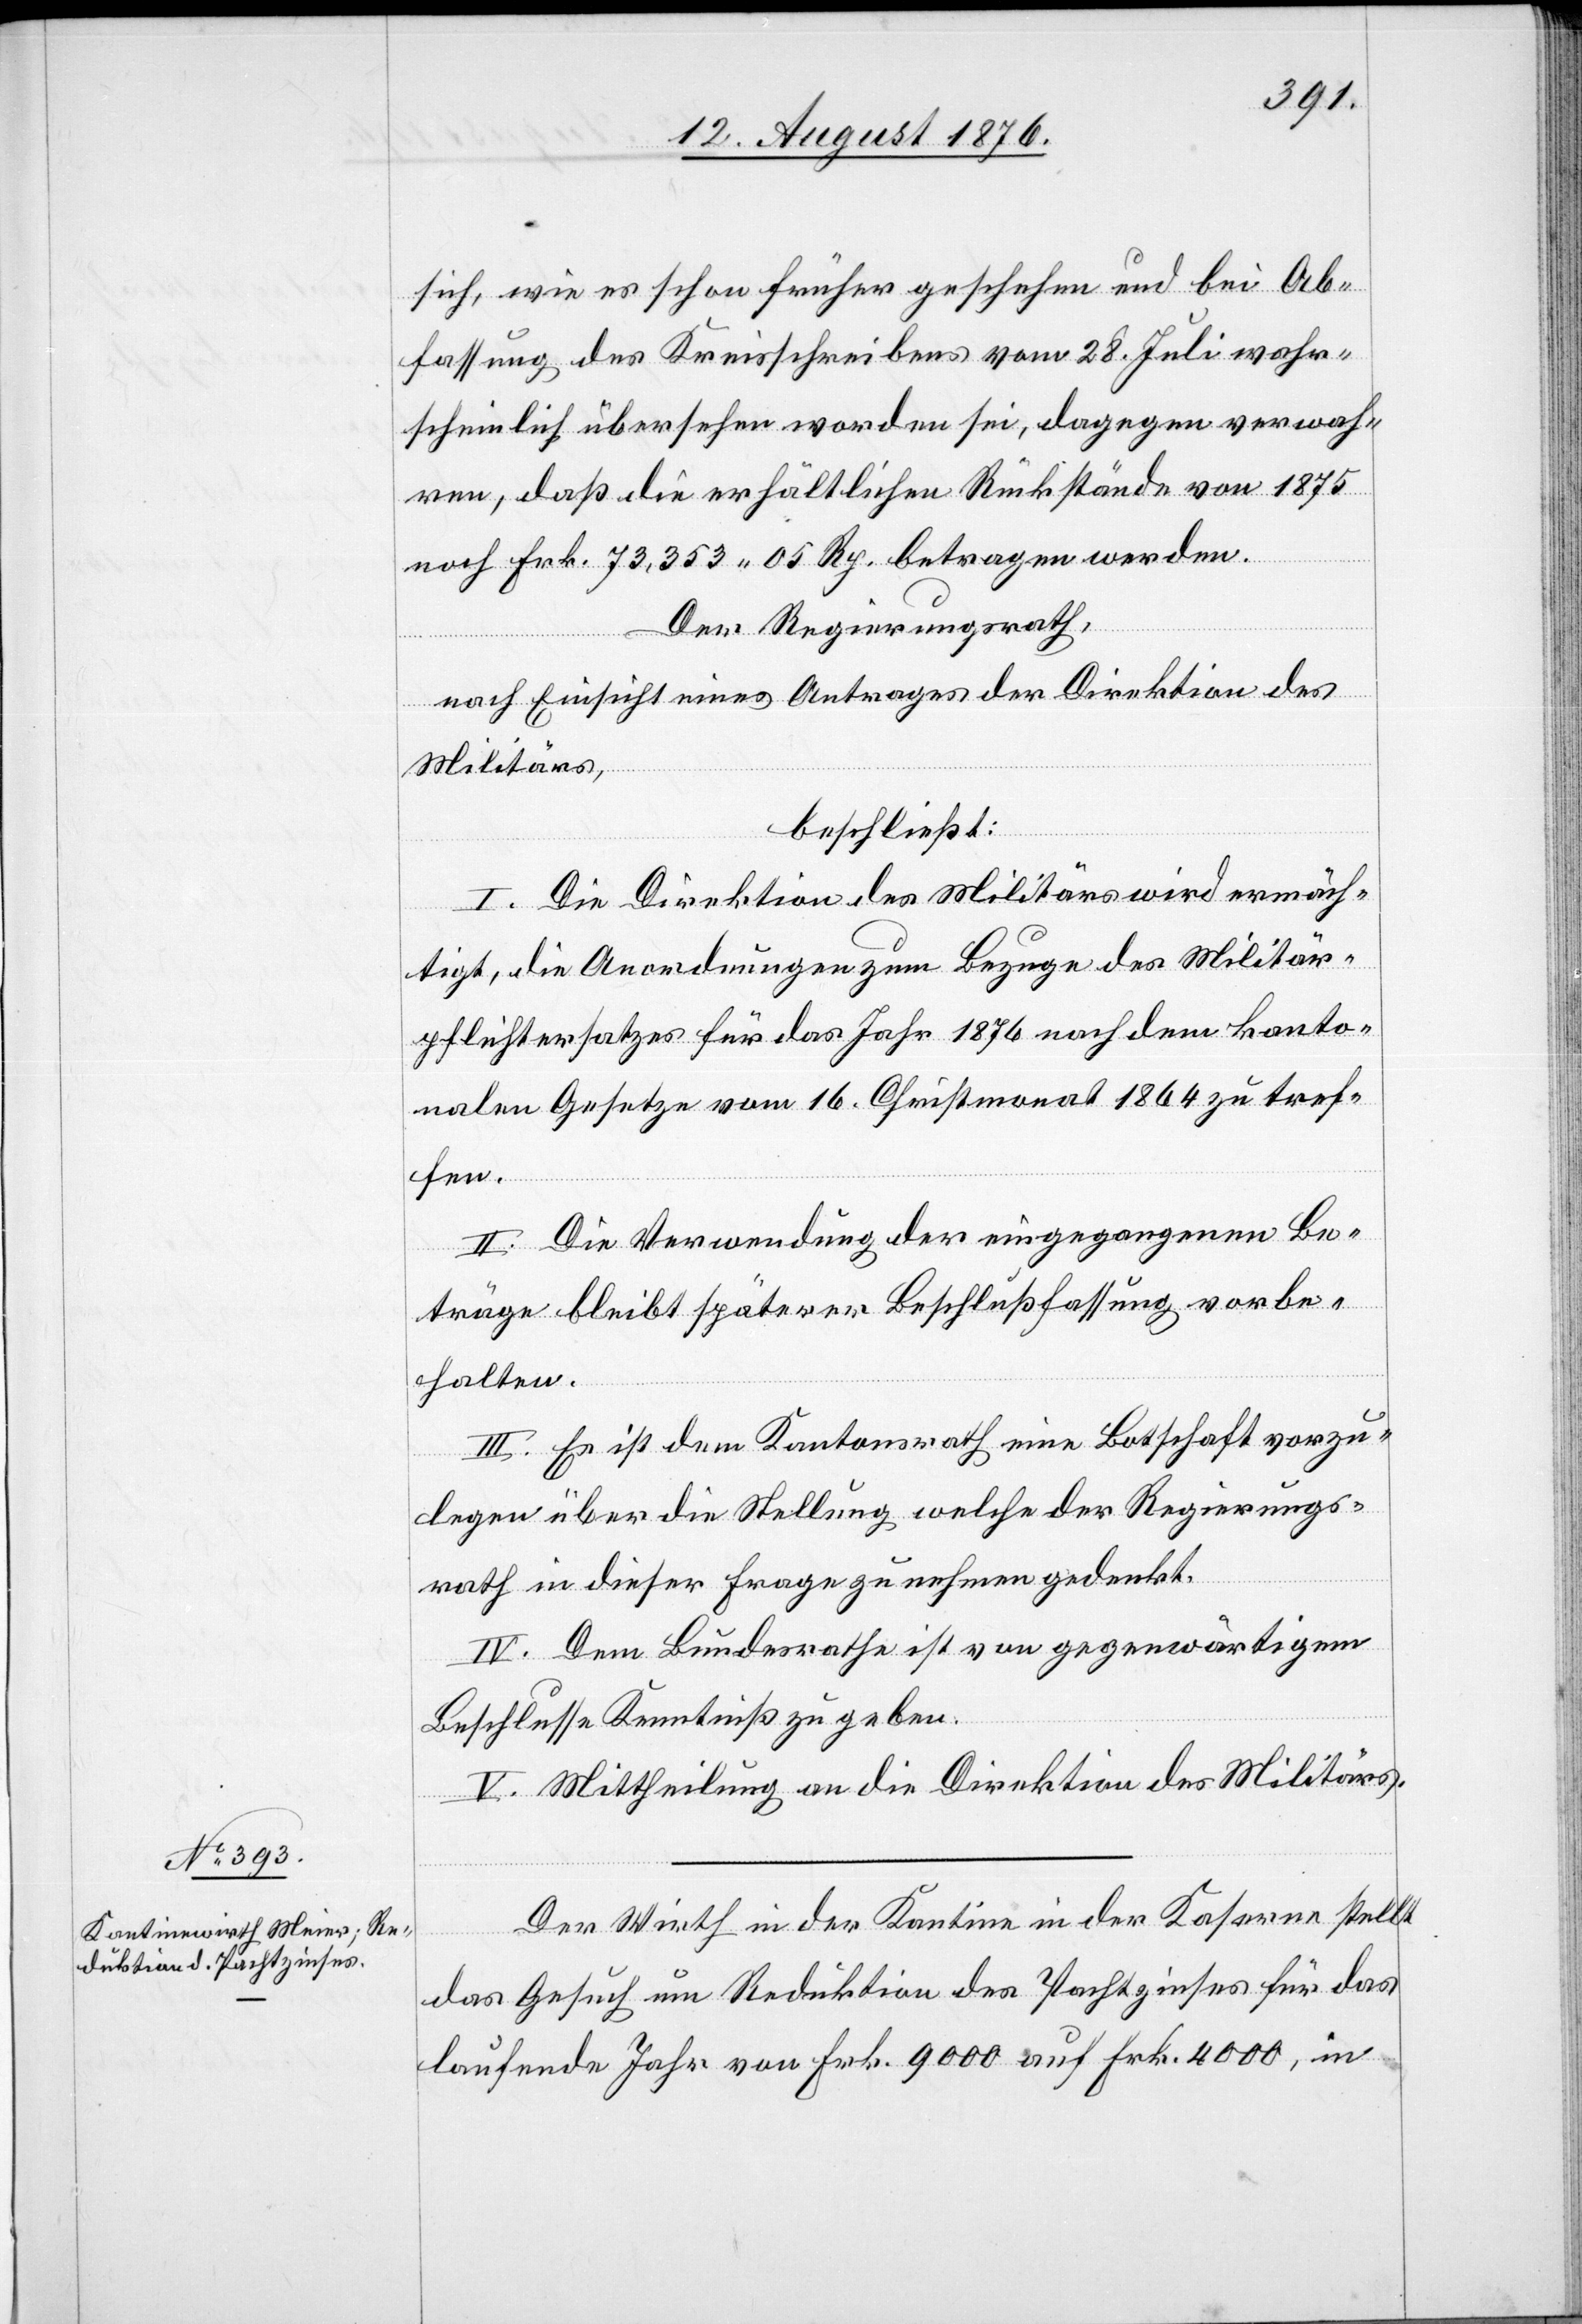
sich, wie es schon früher geschehen und bei Ab¬
fassung des Kreisschreibens vom 28. Juli wahr¬
scheinlich übersehen worden sei, dagegen verwah¬
ren, daß die erhältlichen Rückstände von 1875
noch Frk. 73,353 50 Frk. betragen werden.
Der Regierungsrath,
nach Einsicht eines Antrages der Direktion des
Militärs,
beschließt:
I. Die Direktion des Militärs wird ermäch¬
tigt, die Anordnungen zum Bezuge des Militär¬
pflichtersatzes für das Jahr 1876 nach dem kanto¬
nalen Gesetze vom 16. Christmonat 1864 zu tref¬
fen.
II. Die Verwendung der eingegangenen Be¬
träge bleibt späterer Beschlußfassung vorbe¬
halten.
III. Es ist dem Kantonsrath eine Botschaft vorzu¬
legen über die Stellung welche der Regierungs¬
rath in dieser Frage zu nehmen gedenkt.
IV. Dem Bundesrath ist von gegenwärtigem
Beschlusse Kenntniß zu geben.
V. Mittheilung an die Direktion des Militärs.
Der Wirth in der Kantine in der Kaserne stellt
das Gesuch um Reduktion des Pachtzinses für das
laufende Jahr von Frk. 9000 auf Frk. 4000, in